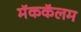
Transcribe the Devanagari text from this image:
मॅककॅलम